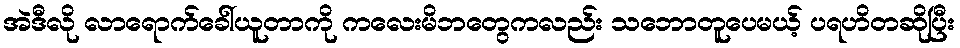
အဲဒီလို လာရောက်ခေါ်ယူတာကို ကလေးမိဘတွေကလည်း သဘောတူပေမယ့် ပရဟိတဆိုပြီး